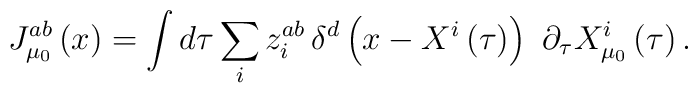
J_{\mu_0} ^{ab}\left( x\right) =\int d\tau \sum_iz_i^{ab}\,\delta ^d\left(x-X^i\left( \tau \right) \right) \,\,\partial _\tau X_{\mu_0} ^i\left( \tau\right) .